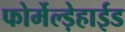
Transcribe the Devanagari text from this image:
फोर्मेल्ड़ेहाईड